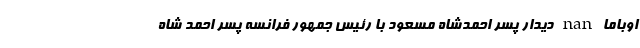
اوباما nan دیدار پسر احمدشاه مسعود با رئیس جمهور فرانسه پسر احمد شاه